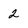
Character: 2